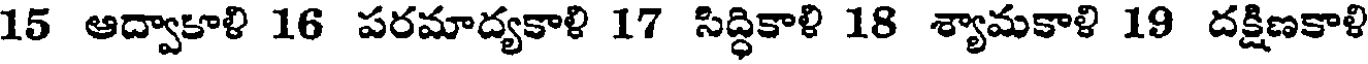
15 ఆద్వాకాళి 16 పరమాద్యకాళి 17 సిద్ధికాళి 18 శ్యామకాళి 19 దక్షిణకాళి